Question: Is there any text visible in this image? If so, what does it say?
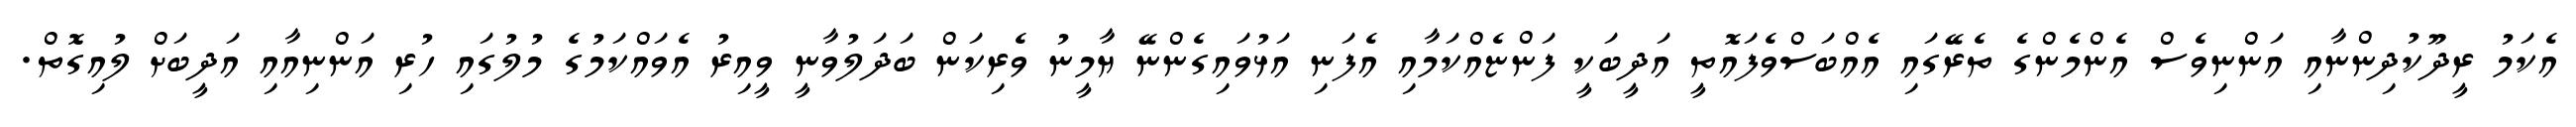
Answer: އެކަމު ރީދޫކުދިންނާއި އަންނިވެސް އެންމެންގެ ތެރޭގައި އެއްބަސްވެފައޮތީ އަދީބަކީ ފަންޏެއްކަމާއި އެފަނި އަޅުވައިގެންނޭ ޔާމީނު ވެރިކަން ބަދަލުވާނީ ވީއިރު އެވައްކަމުގެ މުލުގައި ހުރި އަންނިއާއި އަދީބަށް ލުއިގޮތް.